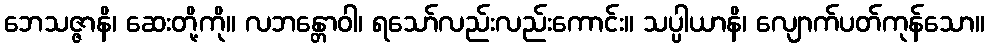
ဘေသဇ္ဇာနိ၊ ဆေးတို့ကို။ လဘန္တောဝါ၊ ရသော်လည်းလည်းကောင်း။ သပ္ပါယာနိ၊ လျောက်ပတ်ကုန်သော။